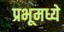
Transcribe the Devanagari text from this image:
प्रभूमध्ये